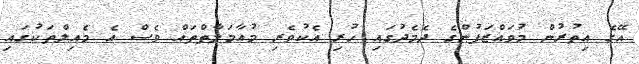
އޭގެ އިތުރުން މުވައްޒަފުންގެ ދެމެދުގައި ހުރި އެކުވެރި މުއާމަލާތްތައް ވެސް އެ މެއިލްތަކުގައި